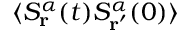
\langle S _ { \mathbf { r } } ^ { \alpha } ( t ) S _ { \mathbf { r ^ { \prime } } } ^ { \alpha } ( 0 ) \rangle